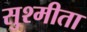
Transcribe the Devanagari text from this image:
सुश्मीता